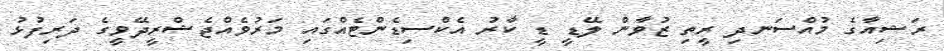
ރަޝިއާގެ މުއްސަނދި ރީތި ޒުވާން ލޭޑީ ޑީ ކާރު އެކްސިޑެންޓެއްގައި މަރުވެއްޖެޝްރީދޭވީގެ ދަރިފުޅު